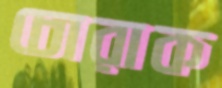
চোরাক